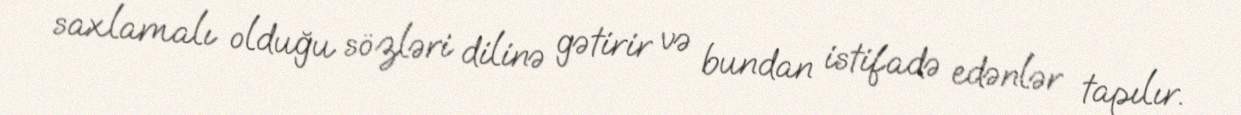
saxlamalı olduğu sözləri dilinə gətirir və bundan istifadə edənlər tapılır.